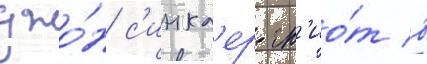
джо́н с'инкл'ер гн'ио́т в